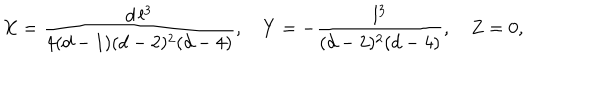
X = { \frac { d \, l ^ { 3 } } { 4 ( d - 1 ) ( d - 2 ) ^ { 2 } ( d - 4 ) } } , \quad Y = - { \frac { l ^ { 3 } } { ( d - 2 ) ^ { 2 } ( d - 4 ) } } , \quad Z = 0 ,